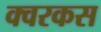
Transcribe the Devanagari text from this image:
क्वरकस